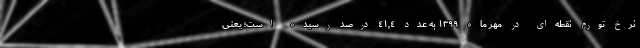
نرخ تورم نقطه‌ای در مهر ماه ١٣٩٩ به عدد ٤١,٤ درصد رسیده است؛ یعنی